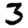
Digit: 3